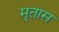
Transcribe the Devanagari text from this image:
मृतास